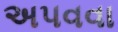
અપવવા